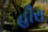
હીરા